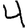
Digit: 4